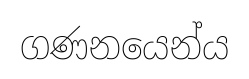
ගණනයෙන්ය